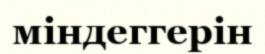
міндеггерін